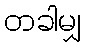
တခါမျှ